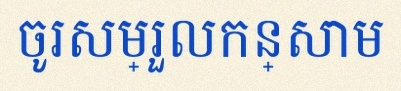
ចូរសម្រួលកន្សោម